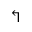
\Lsh